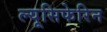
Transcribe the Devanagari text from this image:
ल्यूसिफेरिन